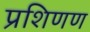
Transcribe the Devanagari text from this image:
प्रशिणण